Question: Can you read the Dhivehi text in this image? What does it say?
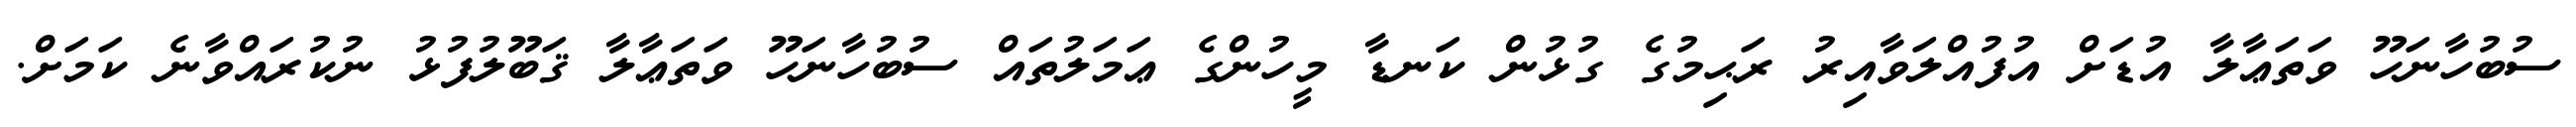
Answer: ސުބުހާނަހޫ ވަތަޢާލާ އުޑަށް އުފުއްލަވާއިރު ރަޙިމުގެ ގުޅުން ކަނޑާ މީހުންގެ ޢަމަލުތައް ސުބުހާނަހޫ ވަތަޢާލާ ޤަބޫލުފުޅު ނުކުރައްވާނެ ކަމަށް.